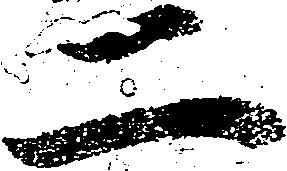
二